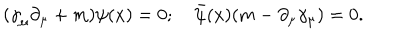
( { \gamma } _ { \mu } \partial _ { \mu } + m ) \psi ( x ) = 0 ; \quad { \bar { \psi } } ( x ) ( m - \partial _ { \mu } \gamma _ { \mu } ) = 0 .